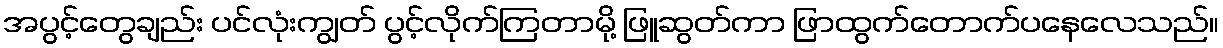
အပွင့်တွေချည်း ပင်လုံးကျွတ် ပွင့်လိုက်ကြတာမို့ ဖြူဆွတ်ကာ ဖြာထွက်တောက်ပနေလေသည်။